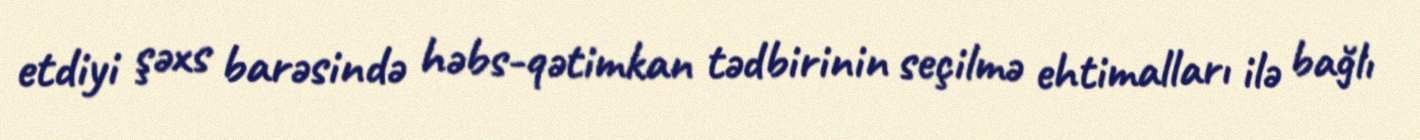
etdiyi şəxs barəsində həbs-qətimkan tədbirinin seçilmə ehtimalları ilə bağlı